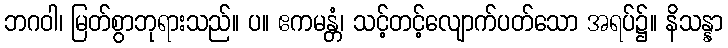
ဘဂဝါ၊ မြတ်စွာဘုရားသည်။ ပ။ ဧကမန္တံ၊ သင့်တင့်လျောက်ပတ်သော အရပ်၌။ နိသန္နာ